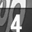
Digit: 4